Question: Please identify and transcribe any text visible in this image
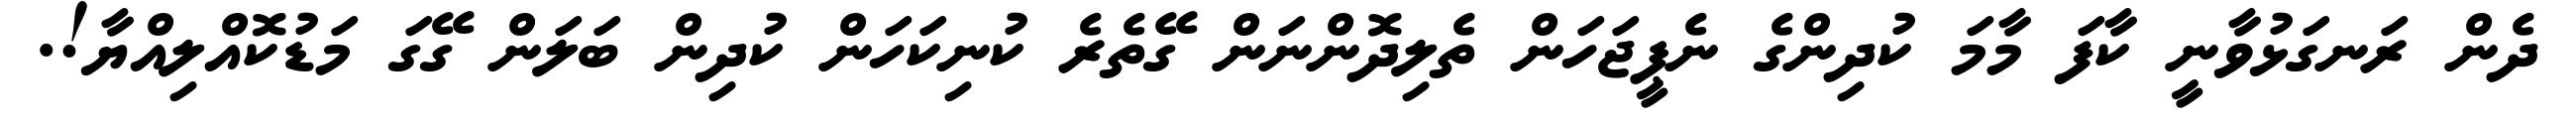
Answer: ދެން ރަނގަޅުވާނީ ކާފަ މާމަ ކުދިންގެ ނެޕީޖަހަން ތެލިދޮންނަން ގޭތެރެ ކުނިކަހަން ކުދިން ބަލަން ގޭގަ މަޑުކޮއްލިއްޔާ!.